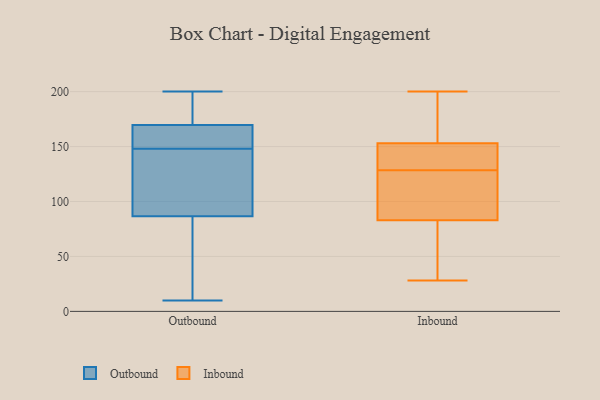
{"axis": {"x": "Net Income (USD K)", "y": "Value"}, "legend": ["Inbound", "Outbound"], "data": [{"x": "", "y": 147, "type": "Outbound"}, {"x": "", "y": 52, "type": "Outbound"}, {"x": "", "y": 98, "type": "Outbound"}, {"x": "", "y": 154, "type": "Outbound"}, {"x": "", "y": 10, "type": "Outbound"}, {"x": "", "y": 98, "type": "Outbound"}, {"x": "", "y": 171, "type": "Outbound"}, {"x": "", "y": 163, "type": "Outbound"}, {"x": "", "y": 34, "type": "Outbound"}, {"x": "", "y": 200, "type": "Outbound"}, {"x": "", "y": 155, "type": "Outbound"}, {"x": "", "y": 187, "type": "Outbound"}, {"x": "", "y": 169, "type": "Outbound"}, {"x": "", "y": 31, "type": "Outbound"}, {"x": "", "y": 187, "type": "Outbound"}, {"x": "", "y": 131, "type": "Outbound"}, {"x": "", "y": 148, "type": "Outbound"}, {"x": "", "y": 121, "type": "Inbound"}, {"x": "", "y": 170, "type": "Inbound"}, {"x": "", "y": 77, "type": "Inbound"}, {"x": "", "y": 87, "type": "Inbound"}, {"x": "", "y": 28, "type": "Inbound"}, {"x": "", "y": 137, "type": "Inbound"}, {"x": "", "y": 38, "type": "Inbound"}, {"x": "", "y": 168, "type": "Inbound"}, {"x": "", "y": 83, "type": "Inbound"}, {"x": "", "y": 200, "type": "Inbound"}, {"x": "", "y": 150, "type": "Inbound"}, {"x": "", "y": 136, "type": "Inbound"}, {"x": "", "y": 121, "type": "Inbound"}, {"x": "", "y": 153, "type": "Inbound"}]}